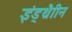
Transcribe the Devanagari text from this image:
इंड्थ्रैाीन